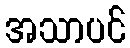
အသာပင်